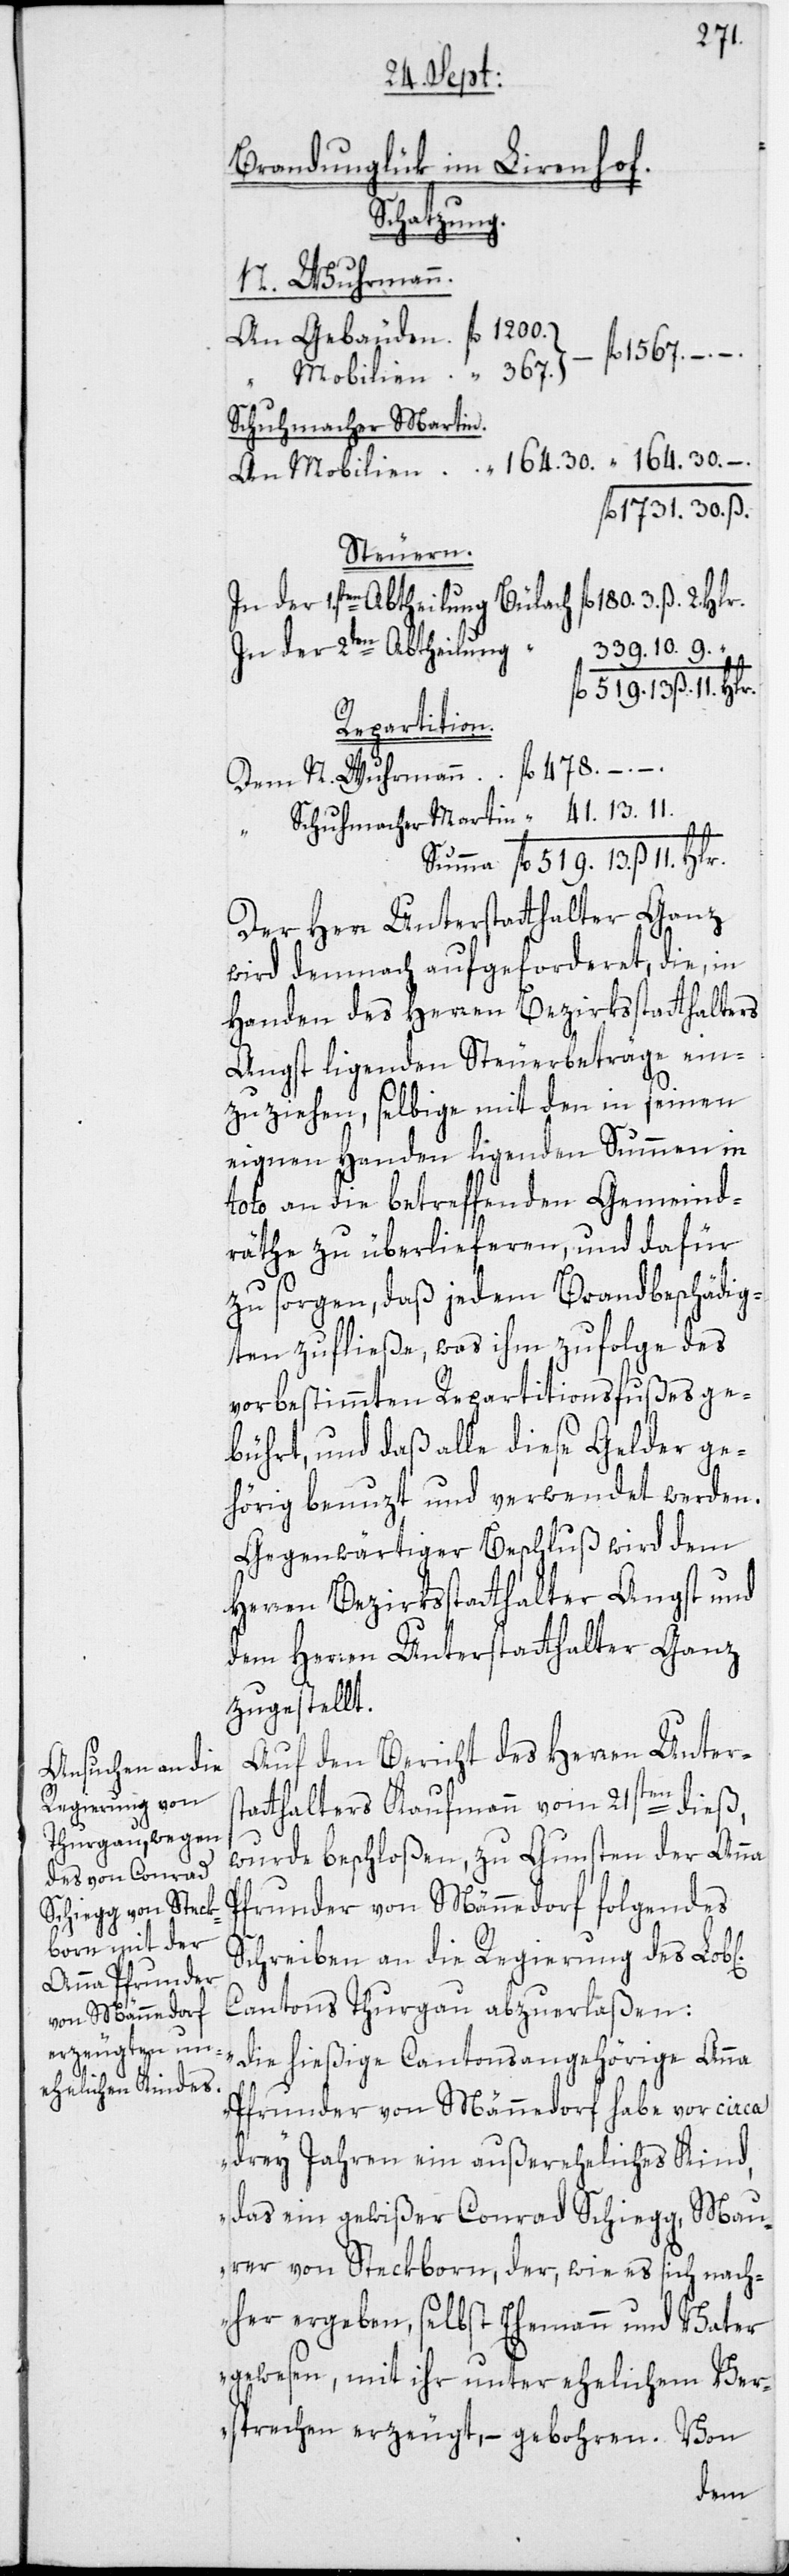
2. Hlr.
Brandunglück im Lirenhof.
Schatzung.
N. Wuhrmann
1567.
sta¬
Schuhmacher Martin
Steuern.
In der 2ten Abtheilung
Repartition.
Der Herr Unterstatthalter Ganz
wird demnach aufgeforderet, die, in
Handen des Herren Bezirksstatthalters
Angst ligenden Steuerbeträge ein¬
zuziehen, selbige mit den in seinen
eignen Handen ligenden Summen in
toto an die betreffenden Gemeind¬
räthe zu überlieferen, und dafür
zu sorgen, daß jedem Brandbeschädig¬
ten zufließe, was ihm zufolge des
vorbestimmten Repartitionsfußes ge¬
bührt, und daß alle diese Gelder ge¬
hörig benuzt und verwendet werden.
Gegenwärtiger Beschluß wird dem
Herren Bezirksstatthalter Angst und
dem Herren Unterstatthalter Ganz
zugestellt.
Auf den Bericht des Herren Unter¬
tthalters Kaufmann vom 21sten dieß,
wurde beschloßen, zu Gunsten der Anna
Pfrunder von Männedorf folgendes
Schreiben an die Regierung des Lob[i¬
Cantons Thurgau abzuerlaßen:
„Die hießige Cantonsangehörige Anna
Pfrunder von Männedorf habe vor circa
drey Jahren ein außereheliches Kind,
das ein gewißer Conrad Schiegg, Mau¬
rer von Steckborn, der, wie es sich nach¬
her ergeben, selbst Ehemann und Vater
gewesen, mit ihr unter ehelichem Ver¬
sprechen erzeugt, – gebohren. Von
chen]